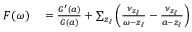
\begin{array} { r } { \begin{array} { r l } { F ( \omega ) } & { { } = \frac { G ^ { \prime } ( a ) } { G ( a ) } + \sum _ { z _ { \ell } } \left( \frac { \nu _ { z _ { \ell } } } { \omega - z _ { \ell } } - \frac { \nu _ { z _ { \ell } } } { a - z _ { \ell } } \right) } \end{array} } \end{array}